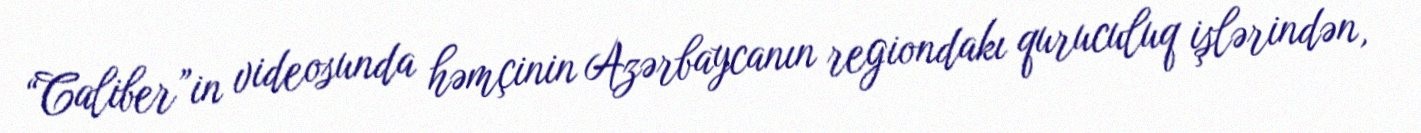
“Caliber”in videosunda həmçinin Azərbaycanın regiondakı quruculuq işlərindən,